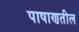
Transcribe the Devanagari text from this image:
पाषाणतील